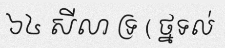
៦៤ សីលា ទ្រ ( ថ្នទល់